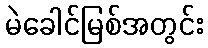
မဲခေါင်မြစ်အတွင်း